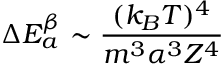
\Delta E _ { a } ^ { \beta } \sim \frac { ( k _ { B } T ) ^ { 4 } } { m ^ { 3 } \alpha ^ { 3 } Z ^ { 4 } }